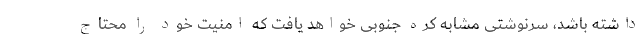
داشته باشد، سرنوشتی مشابه کره جنوبی خواهد یافت که امنیت خود را محتاج